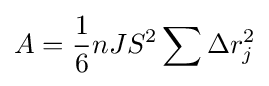
A={\frac {1}{6}}nJS^{2}\sum \Delta r_{j}^{2}